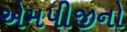
એમપીજીનો